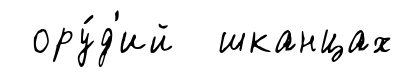
ору́д'ий шканцах